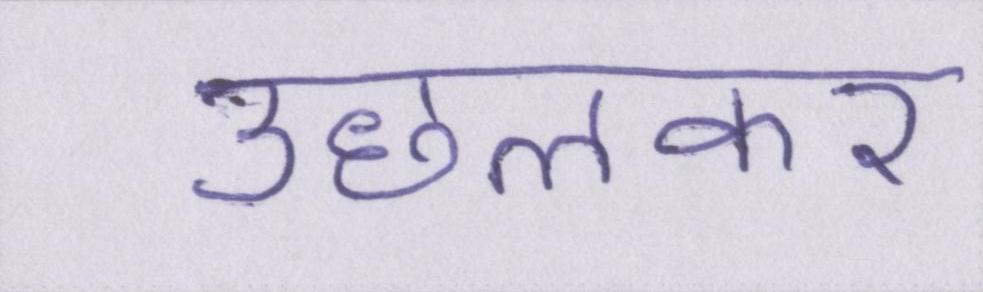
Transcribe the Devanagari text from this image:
उछलकर